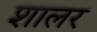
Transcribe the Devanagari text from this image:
शालर